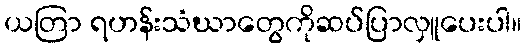
ယတြာ ရဟန်းသံဃာတွေကိုဆပ်ပြာလှူပေးပါ။